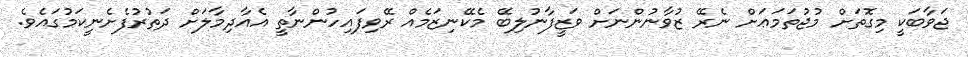
ޖަވާބަކީ މިގޮތަށް މުޖުތަމަޢަށް ނެރޭ ޒުވާނުންނަށް ވަޒީފާނުލިބޭ މެކޭނިޒަމެއް ރޭވިފައިހުންނާތީ އެއާދިމާލަށް ދަތުރުފެށެނީކަމުގައެވެ.